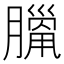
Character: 𦠼